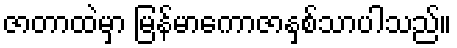
ဇာတာထဲမှာ မြန်မာကောဇာနှစ်သာပါသည်။